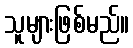
သူများဖြစ်မည်။